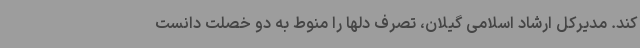
کند. مدیرکل ارشاد اسلامی گیلان، تصرف دلها را منوط به دو خصلت دانست